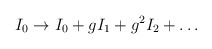
\begin{align*}I_0 \rightarrow I_0 + g I_1 + g^2 I_2 + \dots\end{align*}